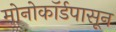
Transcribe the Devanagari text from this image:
मोनोकॉर्डपासून